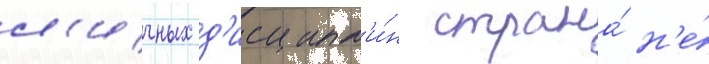
л'ичных д'исципл'и́н страна́ н'е́